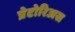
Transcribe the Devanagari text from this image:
प्रेटोरिअस